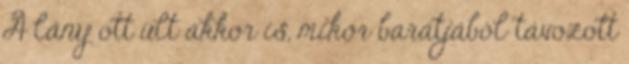
A lány ott ült akkor is, mikor barátjából távozott